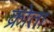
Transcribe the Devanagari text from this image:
क्रोता